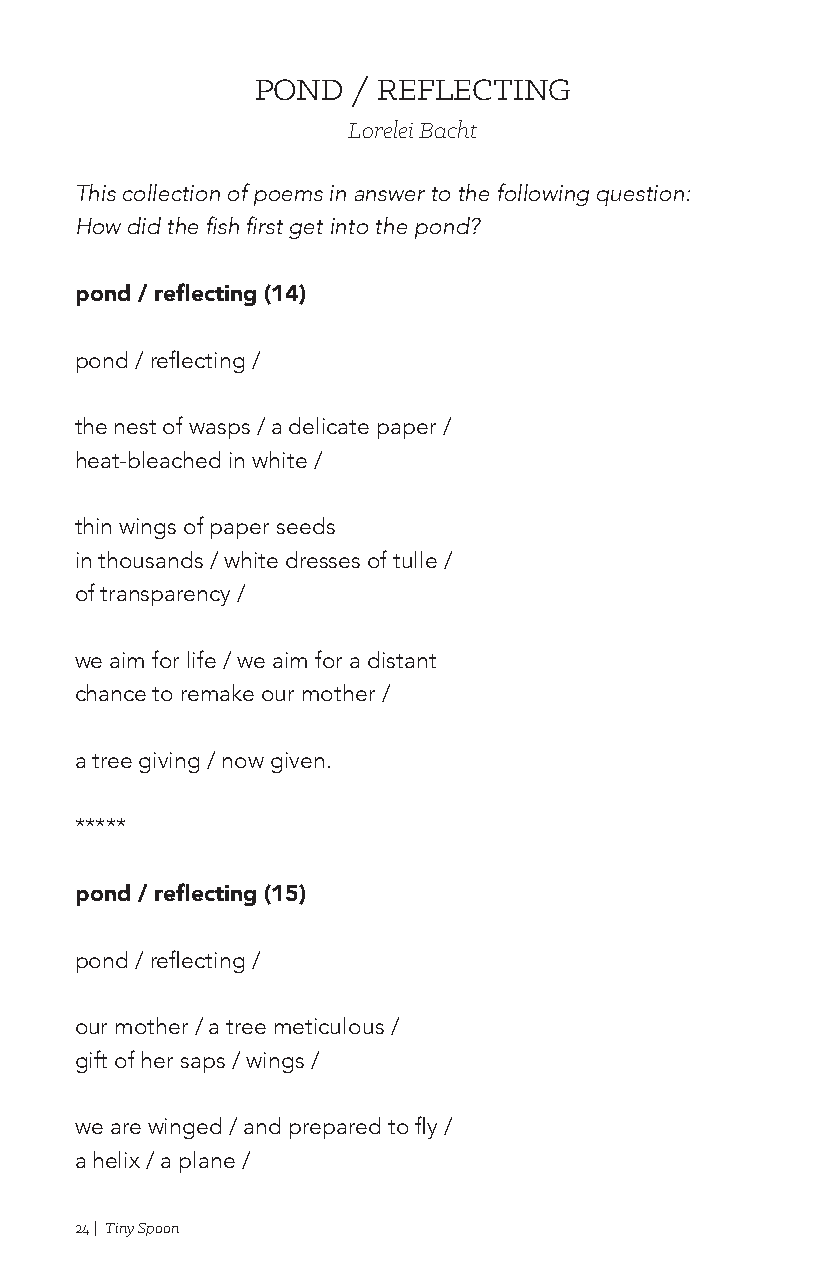
POND  / REFLECTING
 Lorelei Bacht
 This collection of poems in answer to the following question:
 How did the fish first get into the pond?
 pond / reflecting (14)
 pond / reflecting /
 the nest of wasps / a delicate paper /
 heat-bleached in white /
 thin wings of paper seeds
 in thousands / white dresses of tulle /
 of transparency /
 we aim for life / we aim for a distant
 chance to remake our mother /
 a tree giving / now given.
 *****
 pond / reflecting (15)
 pond / reflecting /
 our mother / a tree meticulous /
 gift of her saps / wings /
 we are winged / and prepared to fly /
 a helix / a plane /
 24 | Tiny Spoon